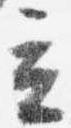
立